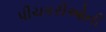
પીચકરીઓની